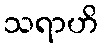
သရာဟိ